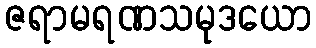
ဇရာမရဏသမုဒယော